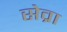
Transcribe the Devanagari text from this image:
सेव्रा